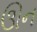
ઊન